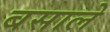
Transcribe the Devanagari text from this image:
बसाले